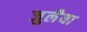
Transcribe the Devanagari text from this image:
जुलैया